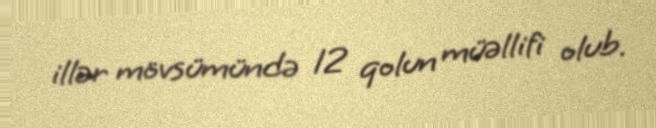
illər mövsümündə 12 qolun müəllifi olub.